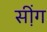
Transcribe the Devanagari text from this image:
सी़ंग